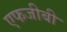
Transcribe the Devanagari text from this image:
एफजीबी